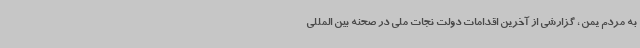
به مردم یمن ، گزارشی از آخرین اقدامات دولت نجات ملی در صحنه بین المللی